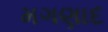
મગણાદ